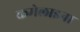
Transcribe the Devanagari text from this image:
कमेलाइना